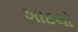
ખાટલો